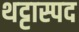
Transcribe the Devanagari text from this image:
थट्टास्पद